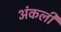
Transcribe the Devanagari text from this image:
अंकली